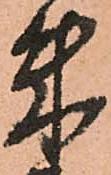
朱